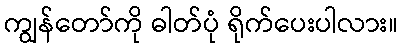
ကျွန်တော်ကို ဓါတ်ပုံ ရိုက်ပေးပါလား။